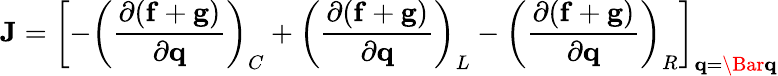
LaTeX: \mathbf{J}=\left[-\left(\frac{\partial(\mathbf{f}+\mathbf{g})}{\partial\mathbf{q}}\right)_{C}+\left(\frac{\partial(\mathbf{f}+\mathbf{g})}{\partial\mathbf{q}}\right)_{L}-\left(\frac{\partial(\mathbf{f}+\mathbf{g})}{\partial\mathbf{q}}\right)_{R}\right]_{\mathbf{q}=\Bar{\mathbf{q}}}